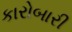
કારોબારી